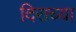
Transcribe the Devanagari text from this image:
दिराच्या